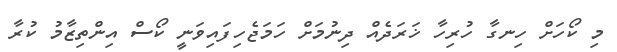
މި ކޯހަށް ހިނގާ ހުރިހާ ޚަރަދެއް ދިނުމަށް ހަމަޖެހިފައިވަނީ ކޯސް އިންތިޒާމު ކުރާ